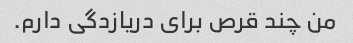
من چند قرص برای دریازدگی دارم.